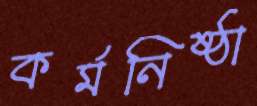
কর্মনিষ্ঠা